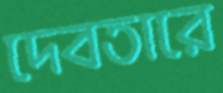
দেবতারে